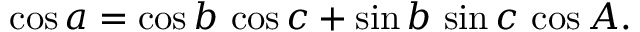
\cos a = \cos b \, \cos c + \sin b \, \sin c \, \cos A .